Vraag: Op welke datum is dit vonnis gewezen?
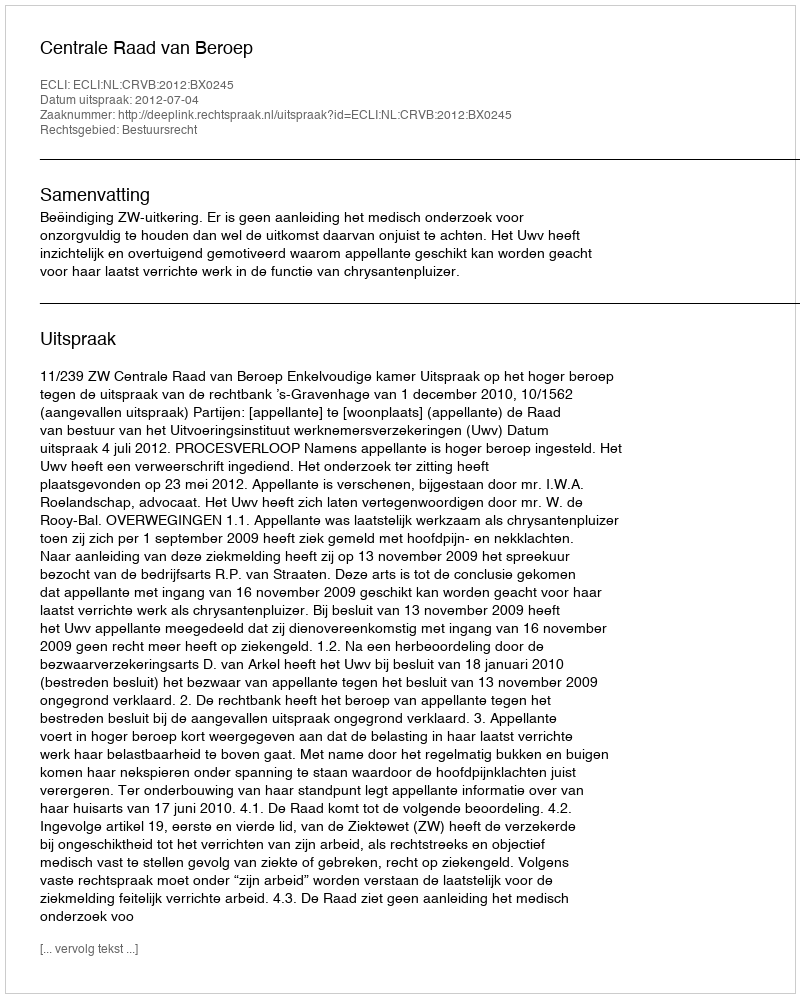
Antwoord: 2012-07-04